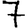
Digit: 7